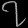
Digit: ၇